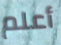
أعلم